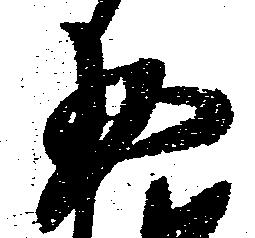
少